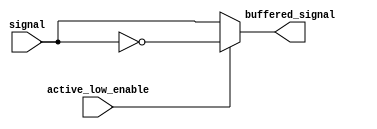
module active_low_buffer (
    input signal,
    input active_low_enable,
    output buffered_signal
);

assign buffered_signal = active_low_enable ? ~signal : signal;

endmodule